Annual administration report of the Civil Veterinary Department, Ajmere-Merwara, British Rajputana - 1914-1940
Year: 1914
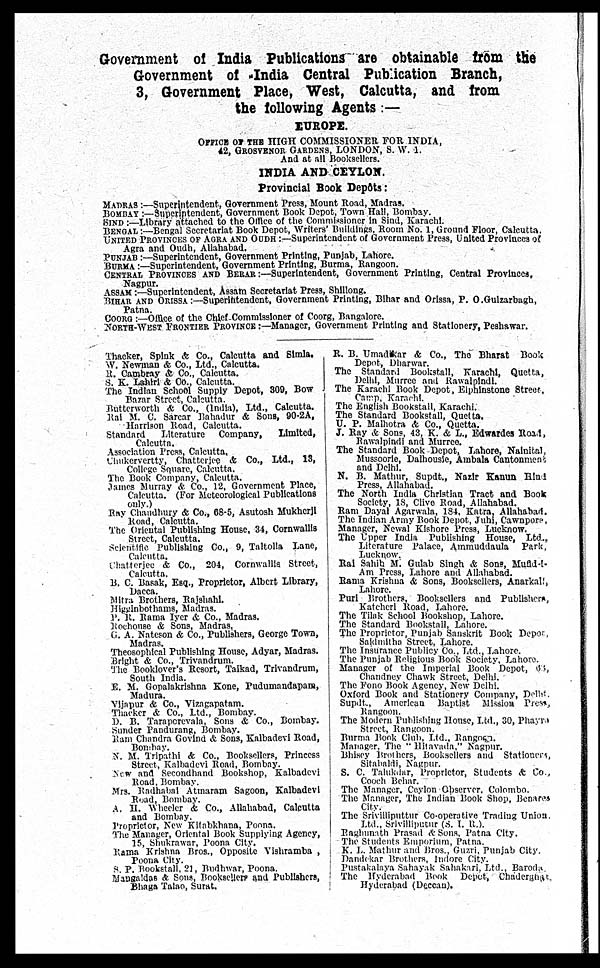
Government of India Publications are obtainable from the
Government of India Central Publication Branch,
3, Government Place, West, Calcutta, and from
the following Agents :—
EUROPE.
OFFICE OF THE HIGH COMMISSIONER FOR INDIA,
42, GORSVENOR GARDENS, LONDON, S. W. 1.
And at all Booksellers.
INDIA AND CEYLON.
Provincial Book Depôts:
MADRAS :—Superintendent, Government Press, Mount Road, Madras.
BOMBAY :—Superintendent, Government Book Depot, Town Hall, Bombay.
SIND :—Library attached to the Office of the Commissioner in Sind, Karachi.
BENGAL :—Bengal Secretariat Book Depot, Writers' Buildings, Room No. 1, Ground Floor, Calcutta.
UNITED PROVINCES OF AGRA AND OUDH :—Superintendent of Government Press, United Provinces of
Agra and Oudh, Allahabad.
PUNJAB :—Superintendent, Government Printing, Punjab, Lahore.
BURMA :—Superintendent, Government Printing, Burma, Rangoon.
CENTRAL PROVINCES AND BERAR:—Superintendent, Government Printing, Central Provinces,
Nagpur.
ASSAM:—Superintendent, Assam Secretariat Press, Shillong.
BIHAR AND ORRISA:—Superintendent, Government Printing, Bihar and Orissa, P. O.Gulzarbagh,
Patna.
COORG :—Office of the Chief Commissioner of Coorg, Bangalore.
NORTH-WEST FRONTIER PROVINCES :—Manager, Government Printing and Stationery, Peshawar.
Thacker, Spink & Co., Calcutta and Simla.
W. Newman & Co., Ltd., Calcutta.
R. Cambray & Co., Calcutta.
S. K. Lahiri & Co., Calcutta.
The Indian School Supply Depot, 309, Bow
Bazar Street, Calcutta.
Butterworth & Co., (India), Ltd., Calcutta.
Rai M. C. Sarcar Bahadur & Sons, 90-2A,
Harrison Road, Calcutta.
Standard
Literature
Company,
Limited,
Calcutta.
Association Press, Calcutta,
Chakervertty, Chatterjee & Co., Ltd., 13,
College Square, Calcutta.
The Book Company, Calcutta.
James Murray & Co., 12, Government Place,
Calcutta. (For Meteorological Publications
only.)
Ray Chaudhary & Co., 68-5, Asutosh Mukherji
Road, Calcutta.
The Oriental Publishing House, 34, Cornwallis
Street, Calcutta.
Scientific Publishing Co., 9, Taltolla Lane,
Calcutta.
Chatterjee & Co., 204, Cornwallis. Street,
Calcutta.
B. C. Basak, Esq., Proprietor, Albert Library,
Dacca.
Mitra Brothers, Rajshahi.
Higginbothams, Madras.
P. R. Rama Iyer & Co., Madras.
Rochouse & Sons, Madras,
G. A. Nateson & Co., Publishers, George Town,
Madras.
Theosophical Publishing House, Adyar, Madras.
Bright & Co., Trivandrum.
The Booklover's Resort, Taikad, Trivandrum,
South India.
E. M. Gopalakrishna Kone, Pudumandapam,
Madura.
Vijapur & Co., Vizagapatam.
Thacker & Co., Ltd., Bombay.
D. B. Taraporevala, Sons & Co., Bombay.
Sunder Pandurang, Bombay.
Ram Chandra Govind & Sons, Kalbadevi Road,
Bombay.
N. M. Tripathi & Co., Booksellers, Princess
Street, Kalbadevi Road, Bombay.
New and Secondhand Bookshop, Kalbadevi
Road, Bombay.
Mrs. Radhabai Atmaram Sagoon, Kalbadevi
Road, Bombay.
A. H. Wheeler & Co., Allahabad, Calcutta
and Bombay.
Proprietor, New Kitabkhana, Poona.
The Manager, Oriental Book Supplying Agency,
15, Shukrawar, Poona City.
Rama Krishna Bros., Opposite Vishramba ,
Poona City.
S. P. Bookstall, 21, Budhwar, Poona.
Mangaldas & Sons, Booksellers and Publishers,
Bhaga Talao, Surat.
R. B. Umadikar & Co., The Bharat Book
Depot, Dharwar.
The Standard Bookstall, Karachi, Quetta,
Delhi, Murree and Rawalpindi.
The Karachi Book Depot, Elphinstone Street,
Camp, Karachi.
The English Bookstall, Karachi.
The Standard Bookstall, Quetta.
U. P. Malhotra & Co., Quetta.
J. Ray & Sons, 43, K. & L., Edwardes Road,
Rawalpindi and Murree.
The Standard Book Depot, Lahore, Nainital,
Mussoorie, Dalhousie, Ambala Cantonment
and Delhi.
N. B. Mathur, Supdt., Nazir Kanun Hind
Press, Allahabad.
The North India Christian Tract and Book
Society, 18, Clive Road, Allahabad.
Ram Dayal Agarwala, 184, Katra, Allahabad.
The Indian Army Book Depot, Juhi, Cawnpore,
Manager, Newal Kishore Press, Lucknow.
The Upper India Publishing House, Ltd..
Literature Palace, Ammuddaula
Park,
Lucknow.
Rai Sahib M. Gulab Singh & Sons, Mufid-I-
Am Press, Lahore and Allahabad.
Rama Krishna & Sons, Booksellers, Anarkali,
Lahore.
Purl Brothers, Booksellers and Publishers,
Katcheri Road, Lahore.
The Tilak School Bookshop, Lahore.
The Standard Bookstall, Lahore.
The Proprietor, Punjab Sanskrit Book Depot
Saidmitha Street, Lahore.
The Insurance Publicy Co., Ltd., Lahore.
The Punjab Religious Book Society. Lahore.
Manager of the Imperial Book Depot, 63,
Chandney Chawk Street, Delhi.
The Fono Book Agency, New Delhi.
Oxford Book and Stationery Company, Delhi.
Supdt., American Baptist Mission Press,
Rangoon.
The Modern Publishing House, Ltd., 30, Phayra
Street, Rangoon.
Burma Book Club, Ltd., Rangoon.
Manager, The " Hitavada," Nagpur.
Bhisey Brothers, Booksellers and
Stationers
Sitabaldi, Nagpur.
S. C. Talukdar, Proprietor, Students &
Co.,
Cooch Behar.
The Manager. Ceylon Observer. Colombo.
The Manager, The Indian Book Shop, Benares
City.
The Srivilliputtur Co-operative Trading Union.
Ltd., Srivilliputur (S. I. R.).
Raghunath
Prasad & Sons, Patna City.
The Students Emporium, Patna.
K. L. Mathur and Bros., Guzri, Punjab City,
Dandekar Brothers, Indore City.
Pustakalaya Sahayak Sahakari, Ltd., Baroda.
The Hyderabad Book Depot,
Chaderghat
Hyderabad (Deccan).